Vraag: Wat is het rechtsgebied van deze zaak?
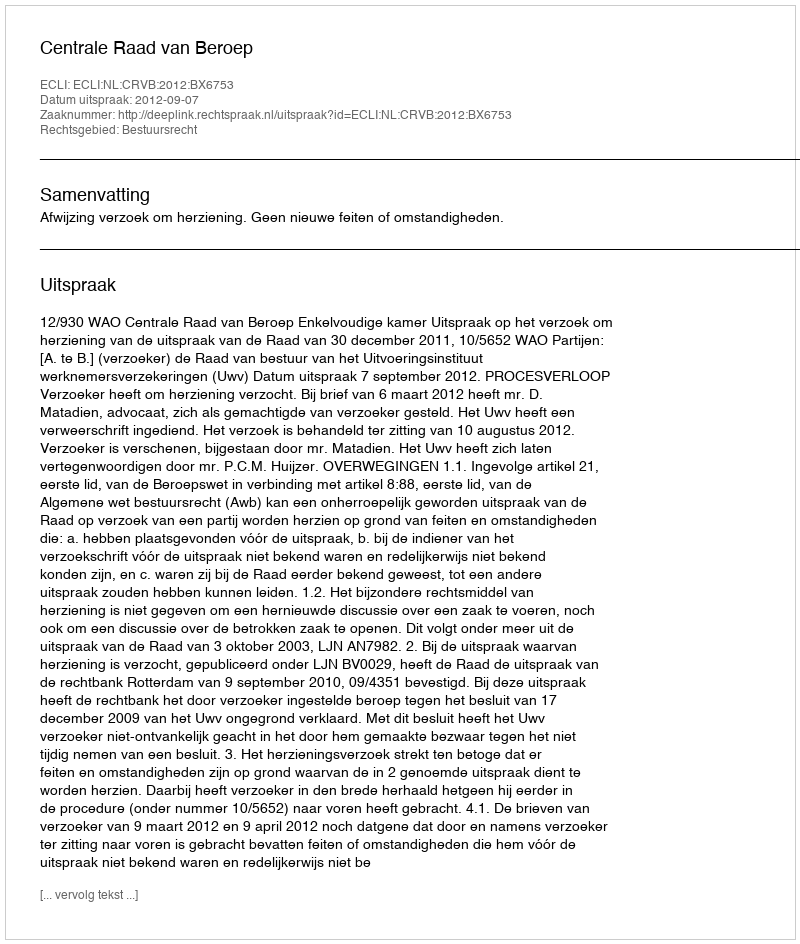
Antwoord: Bestuursrecht